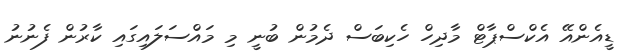
ޑީއެންއޭ އެކްސްޕާޓް މާދިހް ހެކިބަސް ދެމުން ބުނީ މި މައްސަލައިގައި ކާރުން ފެނުނު